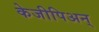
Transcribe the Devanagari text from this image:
केजीपिअन्